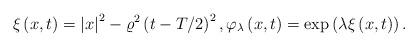
LaTeX: \begin{align*}\xi \left( x,t\right) =\left\vert x\right\vert ^{2}-\varrho ^{2}\left(t-T/2\right) ^{2},\varphi _{\lambda }\left( x,t\right) =\exp \left( \lambda\xi \left( x,t\right) \right) . \end{align*}